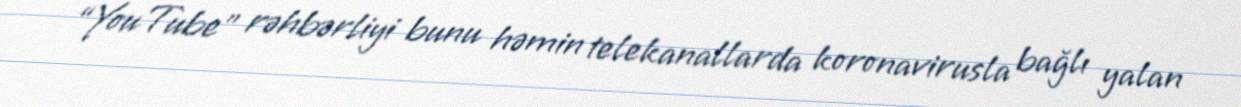
“YouTube” rəhbərliyi bunu həmin telekanallarda koronavirusla bağlı yalan